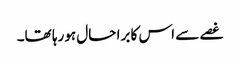
غصے سے اس کا برا حال ہورہا تھا۔